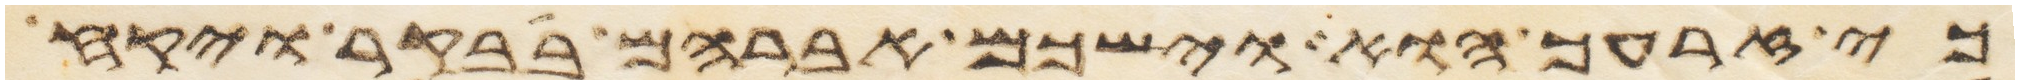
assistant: כי זרעך הוא וישכם אברהם בבקר ויקח